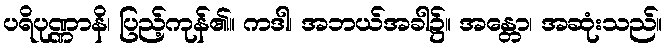
ပရိပုဏ္ဏာနိ၊ ပြည့်ကုန်၏။ ကဒါ၊ အဘယ်အခါ၌။ အန္တော၊ အဆုံးသည်။